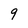
Character: 9